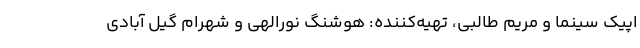
اپیک سینما و مریم طالبی، تهیه‌کننده: هوشنگ نورالهی و شهرام گیل آبادی